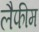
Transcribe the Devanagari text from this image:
लैफीम